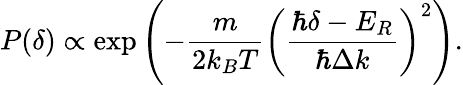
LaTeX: P(\delta)\propto\exp\left(-\frac{m}{2k_{B}T}\left(\frac{\hbar\delta-E_{R}}{\hbar\Delta k}\right)^{2}\right).